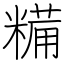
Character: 糒